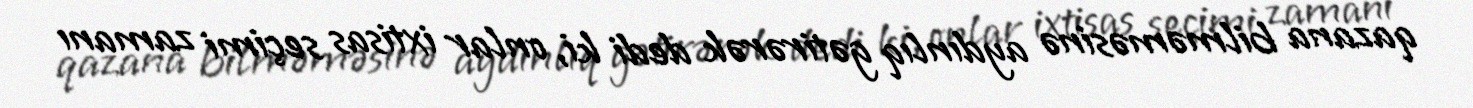
qazana bilməməsinə aydınlıq gətirərək dedi ki, onlar ixtisas seçimi zamanı